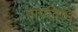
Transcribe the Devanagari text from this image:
तापविधि